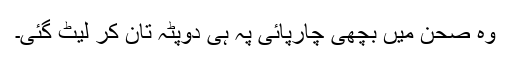
وہ صحن میں بچھی چارپائی پہ ہی دوپٹہ تان کر لیٹ گئی۔